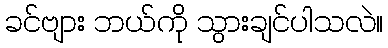
ခင်ဗျား ဘယ်ကို သွားချင်ပါသလဲ။